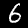
Label: 6